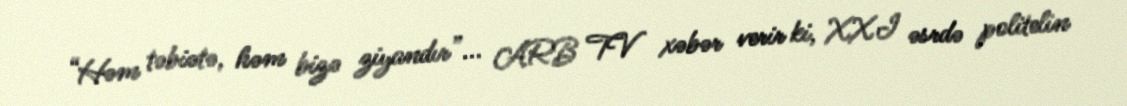
“Həm təbiətə, həm bizə ziyandır”... ARB TV xəbər verir ki, XXI əsrdə politelin